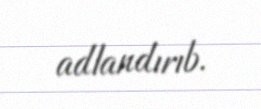
adlandırıb.